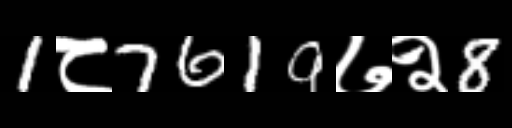
Text: 1८7619७२8